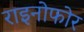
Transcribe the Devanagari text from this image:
राइनोफोर